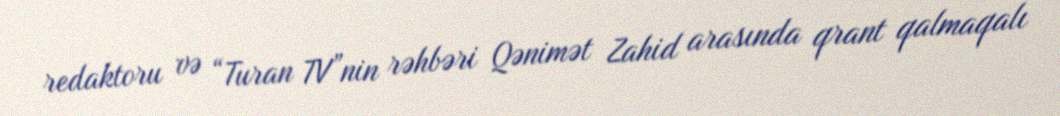
redaktoru və “Turan TV”nin rəhbəri Qənimət Zahid arasında qrant qalmaqalı